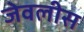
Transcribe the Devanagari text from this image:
जेवलीस